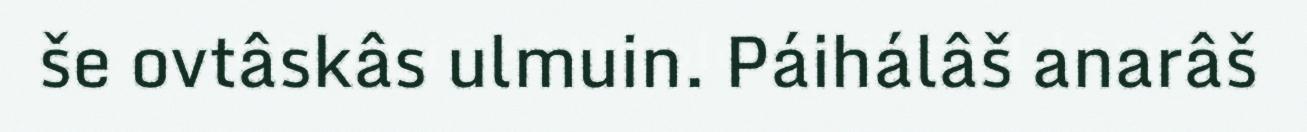
še ovtâskâs ulmuin. Páihálâš anarâš